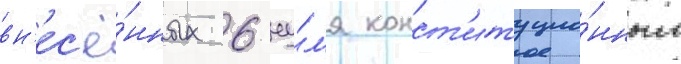
вн'ес'ё́нных 6 иу́л'я конст'итуцио́нным